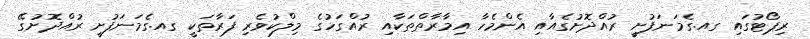
ރިޕޯޓުގައި ގއ.ގެމަނަފުށީ ރުއްދޮށުގެއާއި އެންމެހާ އިމާރާތްތަކާއި ރުއްގަހުގެ މިލްކުވެރި ފަރާތަކީ ގއ.ގެމަނަފުށީ ރުއްދޮށުގޭ